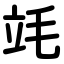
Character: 竓